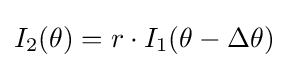
I_{2}(\theta )=r\cdot I_{1}(\theta -\Delta \theta )